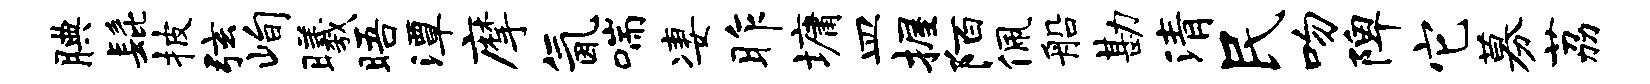
腆髭披弦峋曦晤潭摩氤喘凄昨墉皿握陌佩船勘清民吻陴它募荔